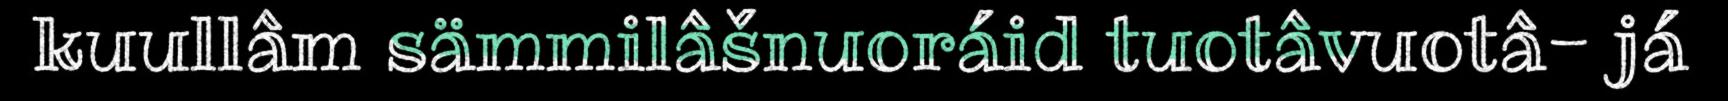
kuullâm sämmilâšnuoráid tuotâvuotâ- já